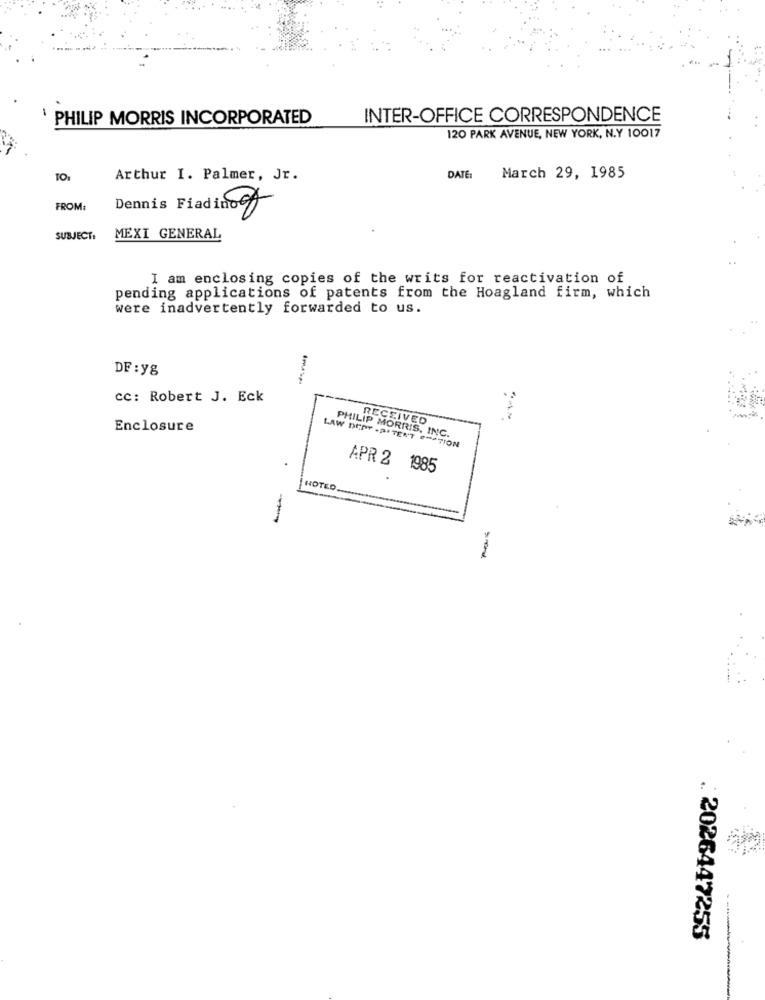
PHILIP MORRIS INCORPORATED
INTER-OFFICE CORRESPONDENCE
120 PARK AVENUE, NEW YORK, N.Y 10017
Arthur I. Palmer, Jr.
DATE:
March 29, 1985
FROM:
logg
SUBJECT:
MEXI GENERAL
..
I am enclosing copies of the writs for reactivation of
pending applications of patents from the Hoagland firm, which
were inadvertently forwarded to us.
DF : yg
cc: Robert J. Eck
. RECEIVED
Enclosure
PHILIP MORRIS, INC.
LAW DENT- BITEN'T ENATION
APR 2 1985
HOTED
: 2026447255